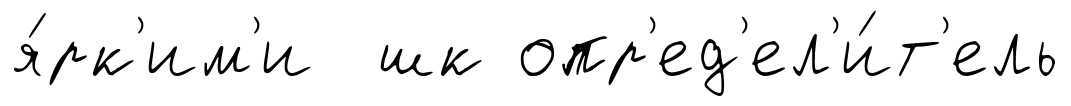
я́рк'им'и шк опр'ед'ел'и́т'ель